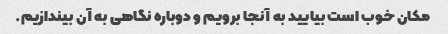
مکان خوب است بیایید به آنجا برویم و دوباره نگاهی به آن بیندازیم.